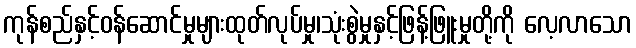
ကုန်စည်နှင့်ဝန်ဆောင်မှုများထုတ်လုပ်မှု၊သုံးစွဲမှုနှင့်ဖြန့်ဖြူးမှုတို့ကို လေ့လာသော